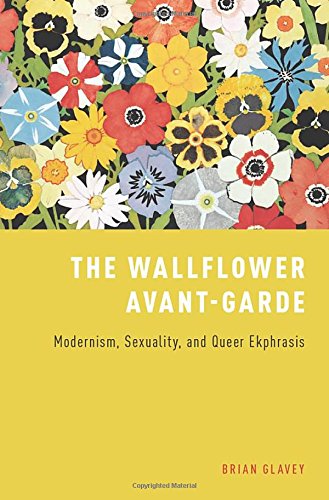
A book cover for The Wallflower Avant-Garde: Modernism, Sexuality, and Queer Ekphrasis; Brian Glavey; Gay & Lesbian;